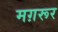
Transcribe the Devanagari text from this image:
मग़रूर